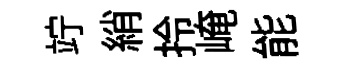
竚綃拎崦能